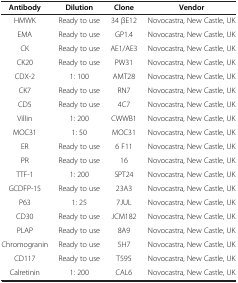
<table><thead><tr><td><b>Antibody</b></td><td><b>Dilution</b></td><td><b>Clone</b></td><td><b>Vendor</b></td></tr></thead><tbody><tr><td>HMWK</td><td>Ready to use</td><td>34 βE12</td><td>Novocastra, New Castle, UK</td></tr><tr><td>EMA</td><td>Ready to use</td><td>GP1.4</td><td>Novocastra, New Castle, UK</td></tr><tr><td>CK</td><td>Ready to use</td><td>AE1/AE3</td><td>Novocastra, New Castle, UK</td></tr><tr><td>CK20</td><td>Ready to use</td><td>PW31</td><td>Novocastra, New Castle, UK</td></tr><tr><td>CDX-2</td><td>1: 100</td><td>AMT28</td><td>Novocastra, New Castle, UK</td></tr><tr><td>CK7</td><td>Ready to use</td><td>RN7</td><td>Novocastra, New Castle, UK</td></tr><tr><td>CD5</td><td>Ready to use</td><td>4C7</td><td>Novocastra, New Castle, UK</td></tr><tr><td>Villin</td><td>1: 200</td><td>CWWB1</td><td>Novocastra, New Castle, UK</td></tr><tr><td>MOC31</td><td>1: 50</td><td>MOC31</td><td>Novocastra, New Castle, UK</td></tr><tr><td>ER</td><td>Ready to use</td><td>6 F11</td><td>Novocastra, New Castle, UK</td></tr><tr><td>PR</td><td>Ready to use</td><td>16</td><td>Novocastra, New Castle, UK</td></tr><tr><td>TTF-1</td><td>1: 200</td><td>SPT24</td><td>Novocastra, New Castle, UK</td></tr><tr><td>GCDFP-15</td><td>Ready to use</td><td>23A3</td><td>Novocastra, New Castle, UK</td></tr><tr><td>P63</td><td>1: 25</td><td>7JUL</td><td>Novocastra, New Castle, UK</td></tr><tr><td>CD30</td><td>Ready to use</td><td>JCM182</td><td>Novocastra, New Castle, UK</td></tr><tr><td>PLAP</td><td>Ready to use</td><td>8A9</td><td>Novocastra, New Castle, UK</td></tr><tr><td>Chromogranin</td><td>Ready to use</td><td>5H7</td><td>Novocastra, New Castle, UK</td></tr><tr><td>CD117</td><td>Ready to use</td><td>T595</td><td>Novocastra, New Castle, UK</td></tr><tr><td>Calretinin</td><td>1: 200</td><td>CAL6</td><td>Novocastra, New Castle, UK</td></tr></tbody></table>